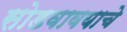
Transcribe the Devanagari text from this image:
सोडवावयाचे